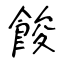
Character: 餕